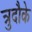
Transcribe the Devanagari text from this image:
त्रुदौके